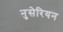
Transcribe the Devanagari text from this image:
नुसेरियन